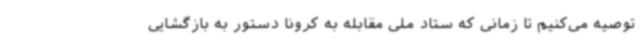
توصیه می‌کنیم تا زمانی که ستاد ملی مقابله به کرونا دستور به بازگشایی